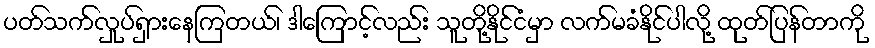
ပတ်သက်လှုပ်ရှားနေကြတယ်၊ ဒါကြောင့်လည်း သူတို့နိုင်ငံမှာ လက်မခံနိုင်ပါလို့ ထုတ်ပြန်တာကို